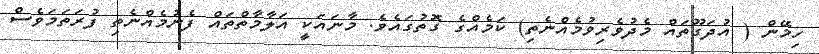
ހިމޭން ( އުދަގޫތައް މެދުވެރިވުމެއްނެތި) ކަމެއްގެ ގޮތުގައެވެ. މާނައަކީ އަލާމާތްތައް ފެނުމެއްނެތި ފުރަތަމަވެސް